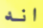
انه